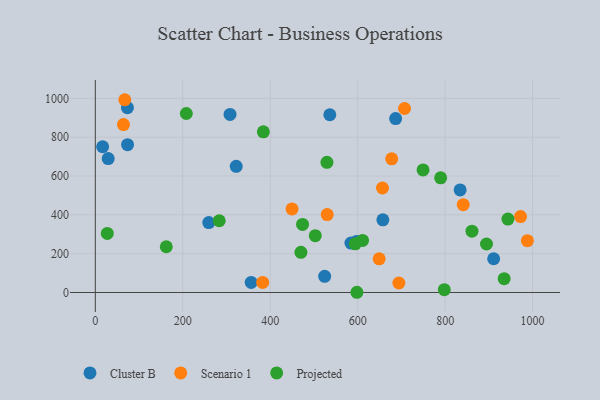
{"axis": {"x": "Distance", "y": "Profit"}, "legend": ["Cluster B", "Projected", "Scenario 1"], "data": [{"x": "686.8", "y": 896.0, "type": "Cluster B"}, {"x": "536.3", "y": 915.6, "type": "Cluster B"}, {"x": "73.4", "y": 951.9, "type": "Cluster B"}, {"x": "597.1", "y": 262.1, "type": "Cluster B"}, {"x": "73.7", "y": 761.5, "type": "Cluster B"}, {"x": "259.5", "y": 360.1, "type": "Cluster B"}, {"x": "584.6", "y": 254.3, "type": "Cluster B"}, {"x": "356.5", "y": 51.9, "type": "Cluster B"}, {"x": "524.5", "y": 83.4, "type": "Cluster B"}, {"x": "322.2", "y": 649.6, "type": "Cluster B"}, {"x": "308.1", "y": 917.1, "type": "Cluster B"}, {"x": "29.4", "y": 689.8, "type": "Cluster B"}, {"x": "16.7", "y": 750.7, "type": "Cluster B"}, {"x": "911.0", "y": 173.7, "type": "Cluster B"}, {"x": "657.6", "y": 374.4, "type": "Cluster B"}, {"x": "834.3", "y": 528.1, "type": "Cluster B"}, {"x": "841.4", "y": 452.1, "type": "Scenario 1"}, {"x": "67.4", "y": 992.9, "type": "Scenario 1"}, {"x": "972.5", "y": 390.9, "type": "Scenario 1"}, {"x": "707.2", "y": 947.8, "type": "Scenario 1"}, {"x": "64.4", "y": 864.9, "type": "Scenario 1"}, {"x": "382.7", "y": 51.6, "type": "Scenario 1"}, {"x": "530.3", "y": 401.5, "type": "Scenario 1"}, {"x": "988.1", "y": 266.7, "type": "Scenario 1"}, {"x": "449.9", "y": 430.5, "type": "Scenario 1"}, {"x": "656.7", "y": 538.2, "type": "Scenario 1"}, {"x": "677.8", "y": 688.4, "type": "Scenario 1"}, {"x": "649.1", "y": 173.5, "type": "Scenario 1"}, {"x": "694.2", "y": 48.8, "type": "Scenario 1"}, {"x": "935.0", "y": 71.1, "type": "Projected"}, {"x": "943.6", "y": 378.2, "type": "Projected"}, {"x": "594.5", "y": 250.7, "type": "Projected"}, {"x": "749.5", "y": 631.5, "type": "Projected"}, {"x": "283.4", "y": 369.5, "type": "Projected"}, {"x": "611.1", "y": 268.1, "type": "Projected"}, {"x": "503.0", "y": 292.8, "type": "Projected"}, {"x": "598.2", "y": 1.1, "type": "Projected"}, {"x": "529.7", "y": 670.4, "type": "Projected"}, {"x": "861.4", "y": 316.0, "type": "Projected"}, {"x": "384.3", "y": 827.5, "type": "Projected"}, {"x": "798.1", "y": 14.3, "type": "Projected"}, {"x": "27.4", "y": 304.3, "type": "Projected"}, {"x": "789.8", "y": 590.6, "type": "Projected"}, {"x": "470.2", "y": 206.8, "type": "Projected"}, {"x": "894.6", "y": 249.7, "type": "Projected"}, {"x": "473.9", "y": 350.5, "type": "Projected"}, {"x": "162.3", "y": 235.6, "type": "Projected"}, {"x": "208.1", "y": 921.9, "type": "Projected"}]}